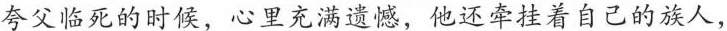
夸父临死的时候，心里充满遗憾，他还牵挂着自己的族人，